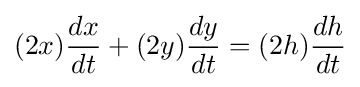
(2x){\frac {dx}{dt}}+(2y){\frac {dy}{dt}}=(2h){\frac {dh}{dt}}